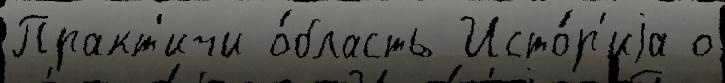
Практ'ичи о́бласть Исто́р'иjа о